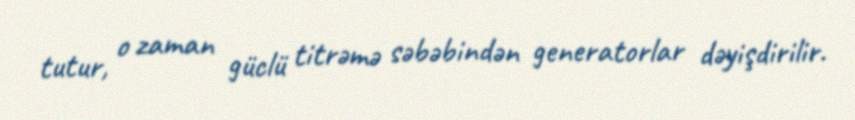
tutur, o zaman güclü titrəmə səbəbindən generatorlar dəyişdirilir.